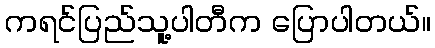
ကရင်ပြည်သူ့ပါတီက ပြောပါတယ်။